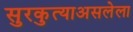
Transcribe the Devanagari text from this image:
सुरकुत्याअसलेला